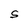
Character: S